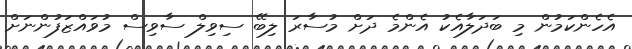
އެހެންކަމުން މި ބަދަލާއެކު އެންމެ ދަށް މުސާރަ ލިބޭ ސިވިލް ސާވިސް މުވައްޒަފުންނަށް